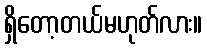
ရှိတော့တယ်မဟုတ်လား။